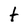
Character: t